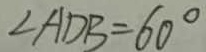
\angle A D B = 6 0 ^ { \circ }